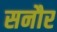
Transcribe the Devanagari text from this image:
सनौर